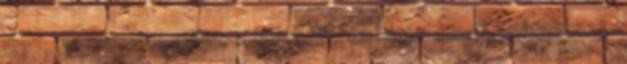
C7”, 2008. december 1. Hozzáférés ideje: 2016. március 14.